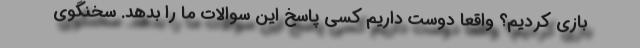
بازی کردیم؟ واقعاً دوست داریم کسی پاسخ این سوالات ما را بدهد. سخنگوی